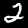
Digit: 2